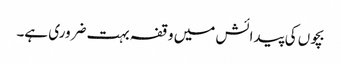
بچوں کی پیدائش میں وقفہ بہت ضروری ہے۔